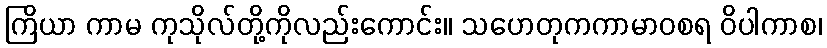
ကြိယာ ကာမ ကုသိုလ်တို့ကိုလည်းကောင်း။ သဟေတုကကာမာဝစရ ဝိပါကာစ၊